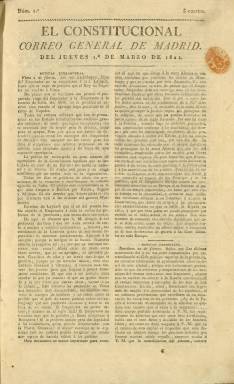
Título: El Constitucional, Correo general de Madrid
Colección: Periódicos anteriores a 1850
Ámbito geográfico: Madrid
Lugar de publicación: Madrid
Fechas: 01/03/1821-20/06/1821

Este periódico nació el 1 de marzo de 1821 como continuación de otro que llevaba por título Correo General de Madrid, que antepuso el nombre de El Constitucional al incorporarse a la redacción José Joaquín de Mora. Este dirigía desde un año antes otra publicación con el título de El Constitucional, Crónica científica y literaria.

  Se trata de un periódico de cuatro páginas que salía a diario y estaba dirigido o al menos era uno de los principales colaboradores el poeta y dramaturgo de origen mexicano (Virreinato de Nueva España) Manuel Eduardo de Gorostiza, quien había sido militar, pero se dio de baja con el grado de coronel.

  La publicación se abría con un apartado de noticias extranjeras a la que seguía otra de noticias nacionales y de ultramar.  Estas últimas informaban sobre todo de los intentos de las provincias americanas por emanciparse de España. Luego venían secciones de información de Cortes, variedades, noticias de Madrid con el orden de la plaza, es decir, información militar, cambios de efectos financieros o crédito público, tribunales, e información teatral con las obras en escena en los dos principales teatros madrileños, el del Príncipe y el de la Cruz. Además, se insertaban algunos anuncios comerciales.

  En sus páginas había también cabida para la literatura, con poemas en algunos de sus números. En el número del 2 de mayo es de destacar la noticia de la colocación de la primera piedra del monumento que iba a inmortalizar a las víctimas de ese día en 1808, en el inicio de la guerra de la independencia contra los franceses. El periódico informa de la multitud que acudió a la ceremonia en el campo de la Lealtad en el paseo del Prado y cómo la población madrileña iba vestida de luto general.

  José Joaquín de Mora fue el colaborador más importante de este periódico. Escritor, jurista y político, es conocido en la historia de la literatura española por la polémica que mantuvo sobre el romanticismo con Böhl de Faber, padre de la escritora Fernán Caballero. De Mora defendía la estética neoclásica, aunque más tarde se acercó al influjo romántico llegando a traducir la novela histórica ‘Ivanhoe’, de Walter Scott.

   La colección de la Biblioteca Nacional de España de este periódico se cierra con el número 112 del 20 de junio de 1821. Puede que se editaran más números, aunque en este periodo los periódicos se abrían y cerraban en corto espacio de tiempo, muchas veces a causa de la censura. En todo caso, este diario como todos los periódicos liberales dejaron de editarse con la invasión francesa en 1823 de los cien mil hijos de San Luis, que repuso a Fernando VII como rey absoluto.

[Descripción publicada el 7/09/2023]